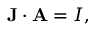
\mathbf { J } \cdot \mathbf { A } = I , \,